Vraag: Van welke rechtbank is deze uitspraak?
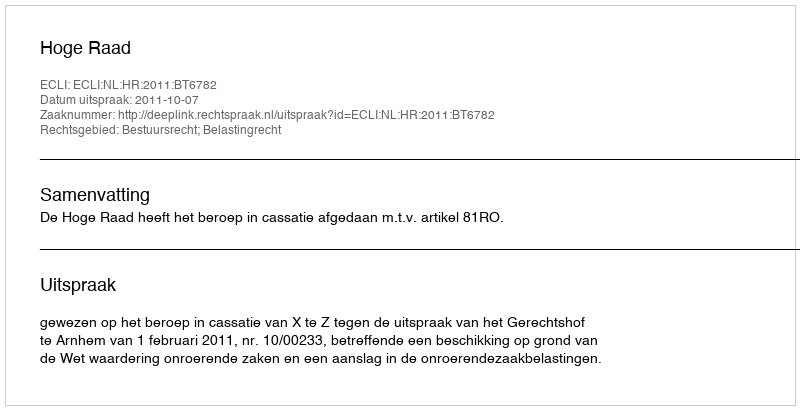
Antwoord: Hoge Raad